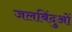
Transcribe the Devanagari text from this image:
जलबिंदुओं